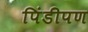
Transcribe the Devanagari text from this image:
पिंडीपण